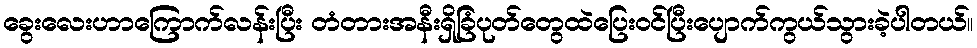
ခွေးလေးဟာကြောက်လန်းပြီး တံတားအနီးရှိခြံပုတ်တွေထဲပြေးဝင်ပြီးပျောက်ကွယ်သွားခဲ့ပါတယ်။